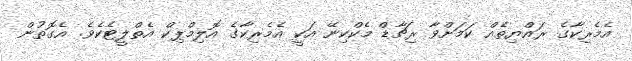
އެމެރިކާގެ ރައްޔިތެއް ކަމަށްވާ ރިޗާޑް މެކްކިނޭ އަކީ އެމެރިކާގެ އޮލިމްޕިކް އެތްލީޓެކެވެ. އެގޮތުން